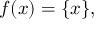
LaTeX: f ( x ) = \{ x \} ,